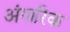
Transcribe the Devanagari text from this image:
अंगारिक